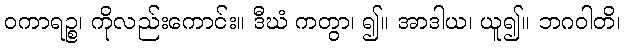
ဝကာရဉ္စ၊ ကိုလည်းကောင်း။ ဒီဃံ ကတွာ၊ ၍။ အာဒါယ၊ ယူ၍။ ဘဂဝါတိ၊